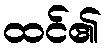
ထင်၏